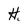
Character: H